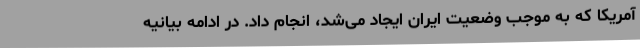
آمریکا که به موجب وضعیت ایران ایجاد می‌شد، انجام داد. در ادامه بیانیه